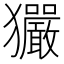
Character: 玁